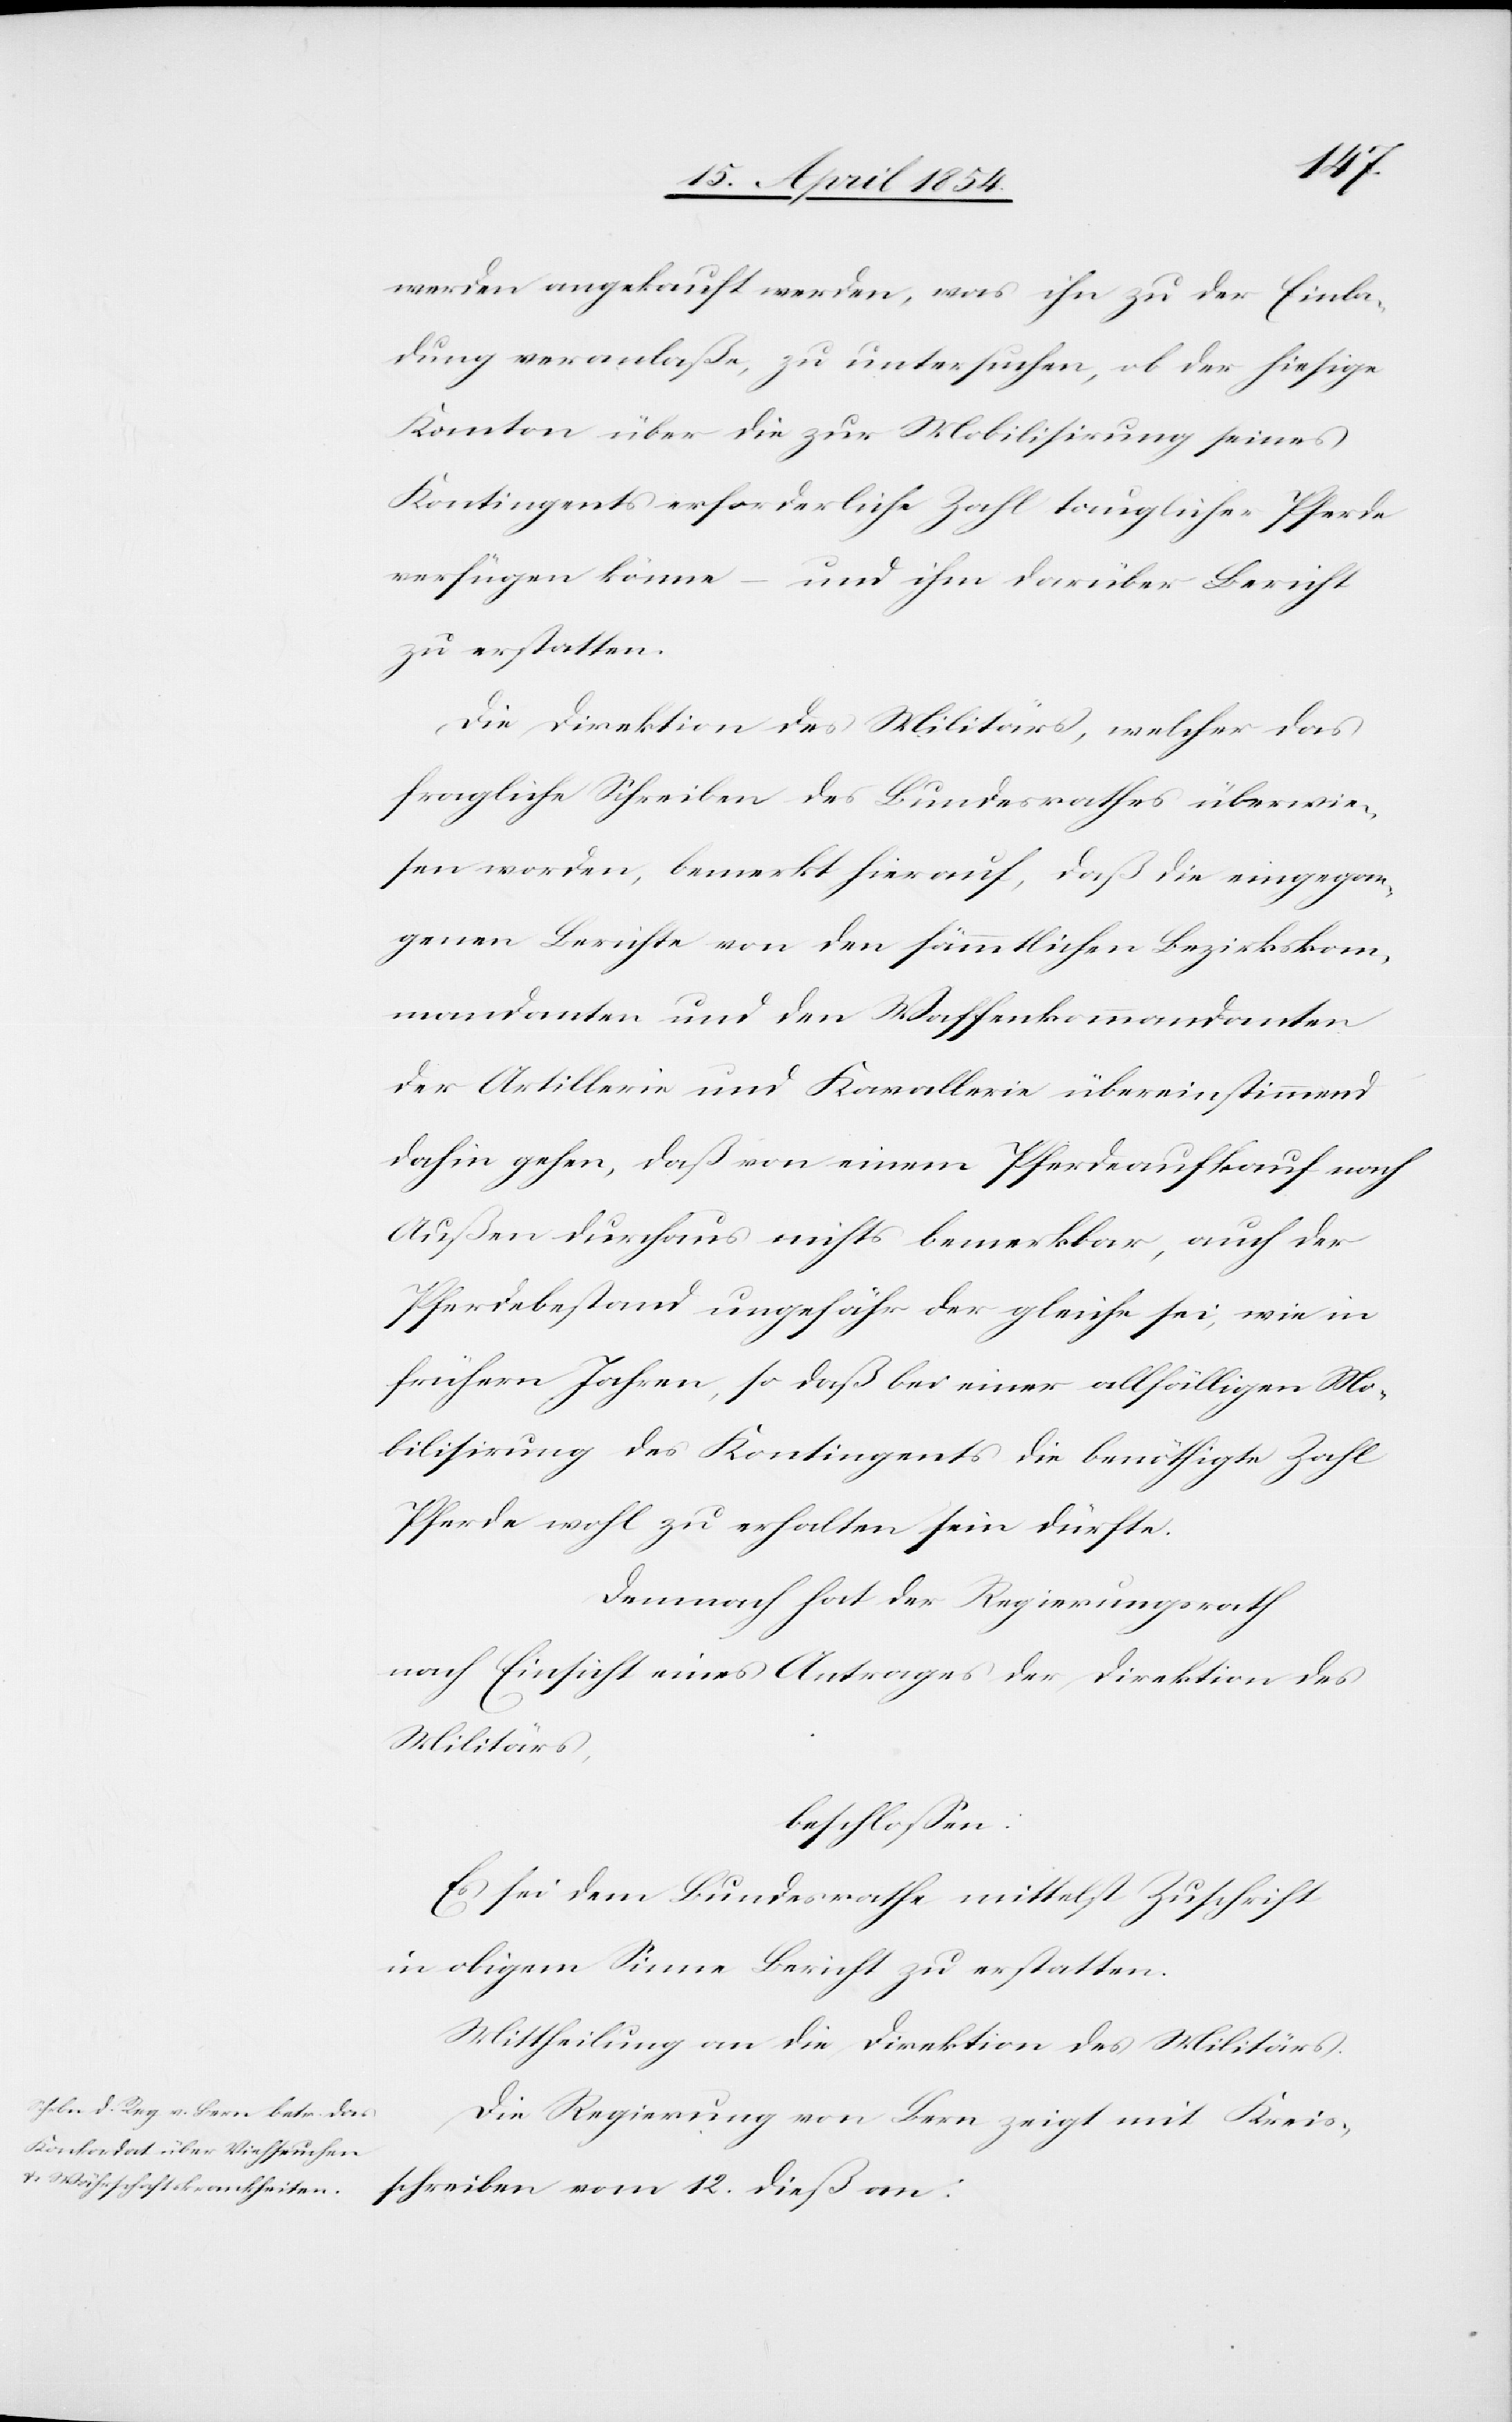
werden angekauft werden, was ihn zu der Einla¬
dung veranlaße, zu untersuchen, ob der hiesige
Kanton über die zur Mobilisirung seines
Kontingentes erforderliche Zahl tauglicher Pferde
verfügen könne – und ihm darüber Bericht
zu erstatten.
Die Direktion des Militärs, welcher das
fragliche Schreiben des Bundesrathes überwie¬
sen worden, bemerkt hierauf, daß die eingegan¬
genen Berichte von den sämmtlichen Bezirkskom¬
mandanten und den Waffenkommandanten
der Artillerie und Kavallerie übereinstimmend
dahin gehen, daß von einem Pferdeankauf nach
Außen durchaus nichts bemerkbar, auch der
Pferdebestand ungefähr der gleiche sei, wie in
frühern Jahren, so daß bei einer allfälligen Mo¬
bilisirung des Kontingents die benöthigte Zahl
Pferde wohl zu erhalten sein dürfte.
Demnach hat der Regierungsrath
nach Einsicht eines Antrages der Direktion des
Militärs,
beschloßen:
Es sei dem Bundesrathe mittelst Zuschrift
in obigem Sinne Bericht zu erstatten.
Mittheilung an die Direktion des Militärs.
Die Regierung von Bern zeigt mit Kreis¬
schreiben vom 12. dieß an: